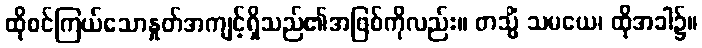
ထိုစင်ကြယ်သောနှုတ်အကျင့်ရှိသည်၏အဖြစ်ကိုလည်း။ တသ္မိံ သမယေ၊ ထိုအခါ၌။